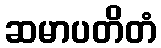
ဆမာပတိတံ